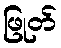
ဖြုတ်